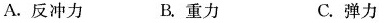
A.反冲力 B.重力 C.弹力